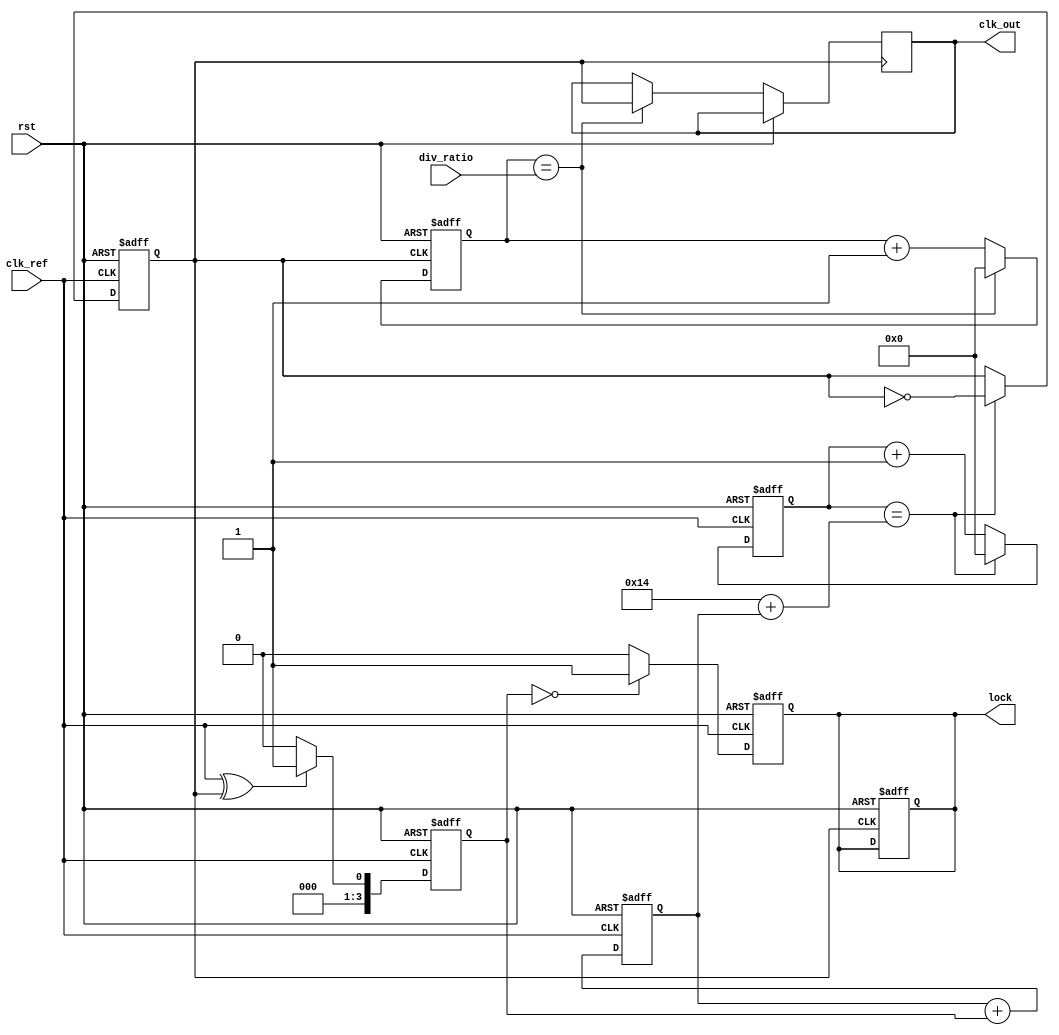
module PLL (
    input wire clk_ref,               // Input reference clock
    input wire rst,                   // Reset signal
    input wire [2:0] div_ratio,       // Programmable feedback divider ratio
    output wire clk_out,              // Output clock signal
    output reg lock                   // Lock indication signal
);

    // Parameters
    parameter VCO_MAX_FREQ = 200;     // Maximum VCO frequency (in MHz)
    parameter VCO_MIN_FREQ = 50;      // Minimum VCO frequency (in MHz)
    parameter LOOP_BW = 10;            // Loop bandwidth (in MHz)

    // Internal signals
    reg [3:0] phase_error;            // Phase error signal from phase detector
    reg [3:0] control_voltage;         // Control voltage for VCO
    reg vco_clk;                       // VCO clock output
    reg [3:0] divider_count;           // Divider counter
    reg [3:0] vco_count;               // VCO counter

    // Phase Detector
    always @(posedge clk_ref or posedge rst) begin
        if (rst) begin
            phase_error <= 4'd0;
        end else begin
            // Simple XOR-based phase detector for demonstration
            phase_error <= (clk_ref ^ vco_clk) ? 4'd1 : 4'd0; // Phase error signal
        end
    end

    // Loop Filter (Simple proportional controller)
    always @(posedge clk_ref or posedge rst) begin
        if (rst) begin
            control_voltage <= 4'd0;
        end else begin
            control_voltage <= control_voltage + phase_error; // Simple integration for control voltage
        end
    end

    // VCO (Voltage-Controlled Oscillator)
    always @(posedge clk_ref or posedge rst) begin
        if (rst) begin
            vco_count <= 4'd0;
            vco_clk <= 1'b0;
        end else begin
            if (vco_count == (VCO_MAX_FREQ / LOOP_BW) + control_voltage) begin
                vco_clk <= ~vco_clk; // Toggle VCO output
                vco_count <= 4'd0;
            end else begin
                vco_count <= vco_count + 1;
            end
        end
    end

    // Feedback Divider
    always @(posedge vco_clk or posedge rst) begin
        if (rst) begin
            divider_count <= 4'd0;
            lock <= 1'b0;
        end else begin
            if (divider_count == div_ratio) begin
                divider_count <= 4'd0;
                clk_out <= vco_clk; // Output clock signal
            end else begin
                divider_count <= divider_count + 1;
            end
        end
    end

    // Lock Detection
    always @(posedge clk_ref or posedge rst) begin
        if (rst) begin
            lock <= 1'b0;
        end else begin
            if (phase_error == 4'd0) begin
                lock <= 1'b1; // Indicate locked state
            end else begin
                lock <= 1'b0; // Not locked
            end
        end
    end

endmodule